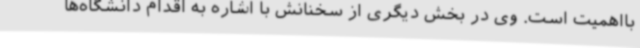
بااهمیت است. وی در بخش دیگری از سخنانش با اشاره به اقدام دانشگاه‌ها